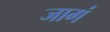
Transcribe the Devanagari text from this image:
जागं